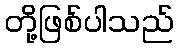
တို့ဖြစ်ပါသည်